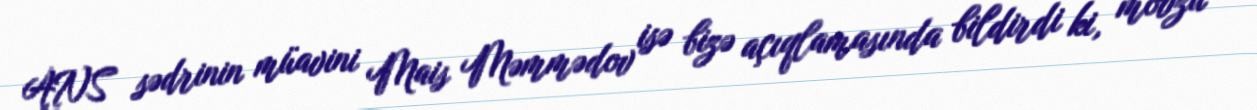
ANS sədrinin müavini Mais Məmmədov isə bizə açıqlamasında bildirdi ki, mövzu